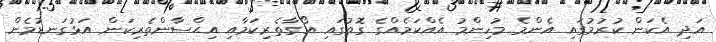
އަދި އެކަން ކުރުމުގައި އެންމެ މުހިންމު އެއްކަމެއްގެ ގޮތުގައި އޯގާތެރިކަމާއި އިޙްސާންތެރިކަން އަޅުގަނޑުމެން